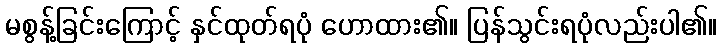
မစွန့်ခြင်းကြောင့် နှင်ထုတ်ရပုံ ဟောထား၏။ ပြန်သွင်းရပုံလည်းပါ၏။